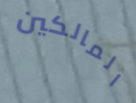
المالكين